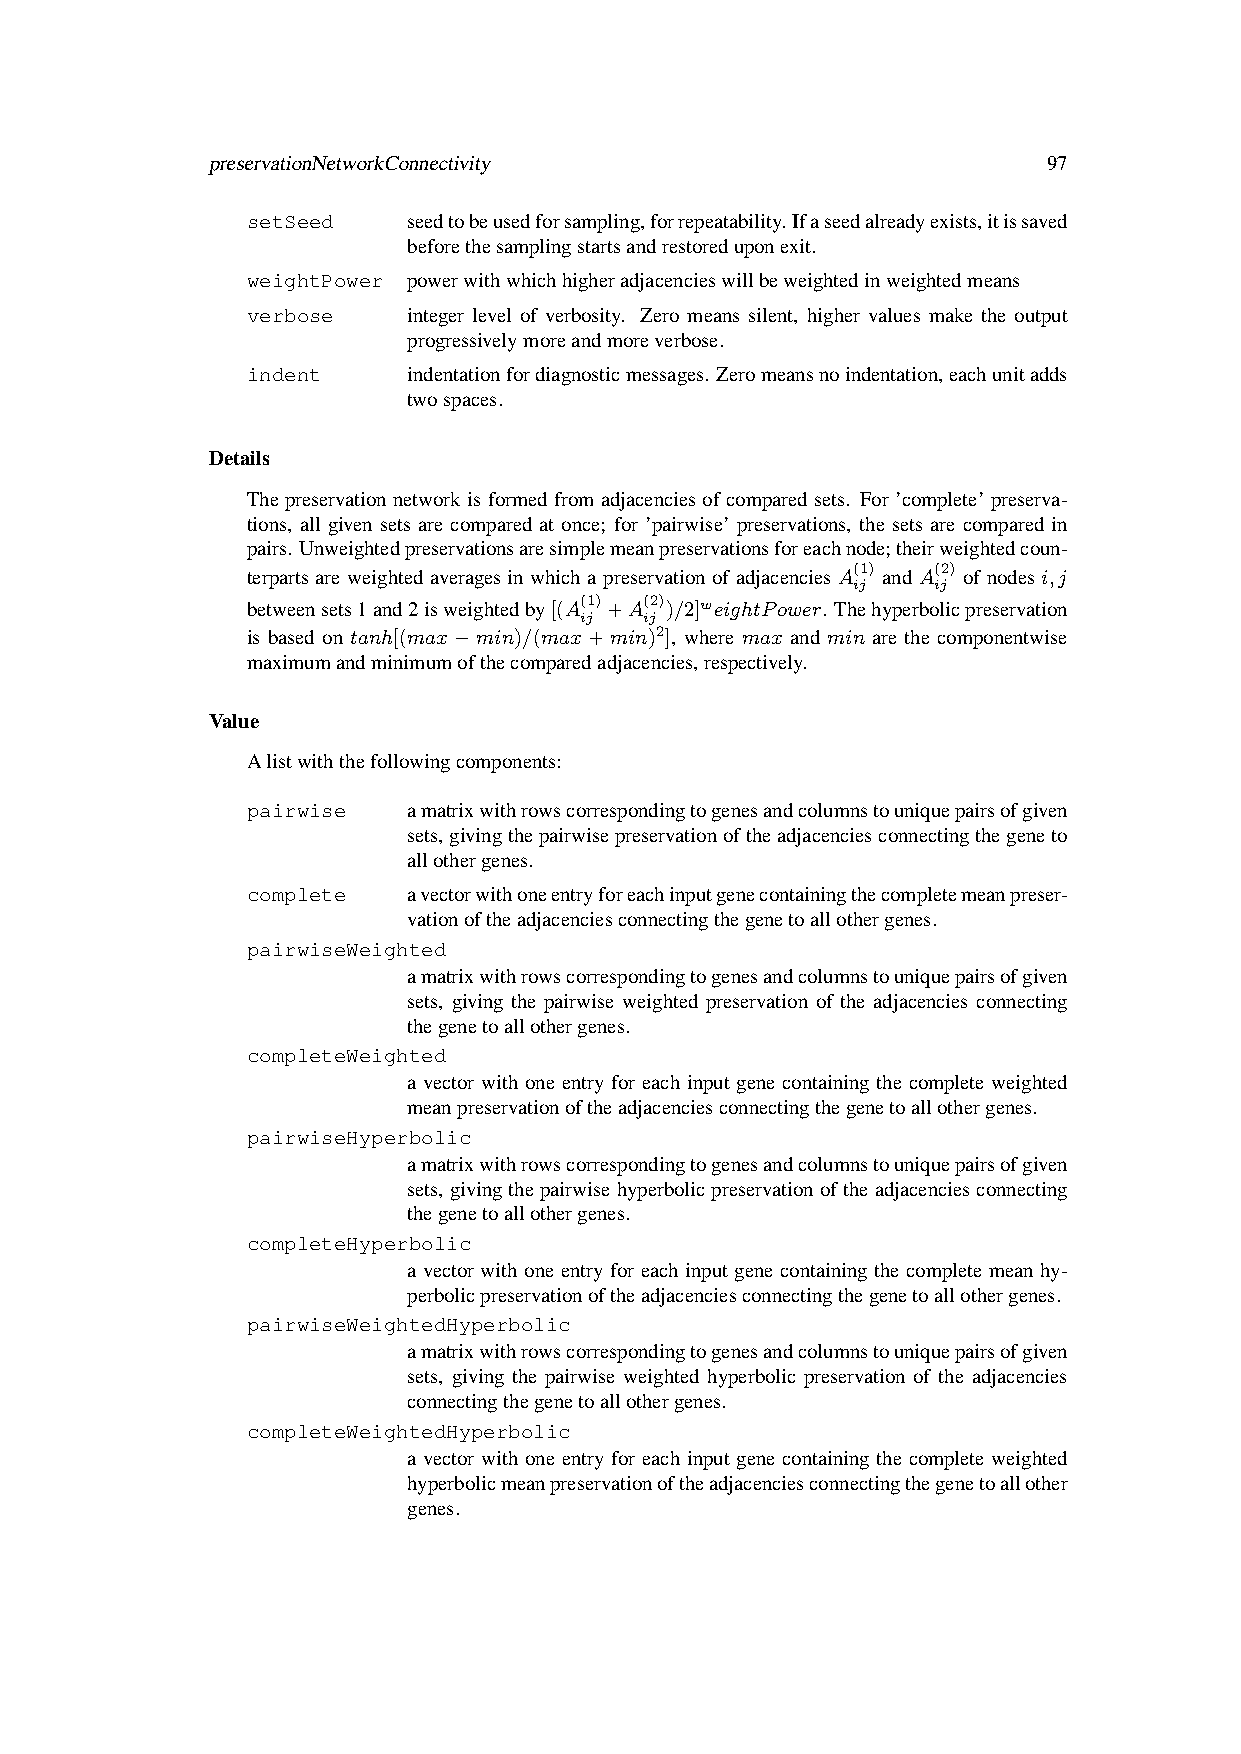
preservationNetworkConnectivity                        97
 setSeed    seedtobeusedforsampling,forrepeatability.Ifaseedalreadyexists,itissaved
 beforethesamplingstartsandrestoreduponexit.
 weightPower powerwithwhichhigheradjacencieswillbeweightedinweightedmeans
 verbose    integer level of verbosity. Zero means silent, higher values make the output
 progressivelymoreandmoreverbose.
 indent     indentationfordiagnosticmessages. Zeromeansnoindentation,eachunitadds
 twospaces.
 Details
 Thepreservationnetworkisformedfromadjacenciesofcomparedsets. For’complete’preserva-
 tions, all given sets are compared at once; for ’pairwise’ preservations, the sets are compared in
 pairs.Unweightedpreservationsaresimplemeanpreservationsforeachnode;theirweightedcoun-
 terparts are weighted averages in which a preservation of adjacencies A(1) and A(2) of nodes i,j
 ij    ij
 betweensets1and2isweightedby[(A(1)+A(2))/2]weightPower. Thehyperbolicpreservation
 ij   ij
 is based on tanh[(max−min)/(max+min)2], where max and min are the componentwise
 maximumandminimumofthecomparedadjacencies,respectively.
 Value
 Alistwiththefollowingcomponents:
 pairwise   amatrixwithrowscorrespondingtogenesandcolumnstouniquepairsofgiven
 sets,givingthepairwisepreservationoftheadjacenciesconnectingthegeneto
 allothergenes.
 complete   avectorwithoneentryforeachinputgenecontainingthecompletemeanpreser-
 vationoftheadjacenciesconnectingthegenetoallothergenes.
 pairwiseWeighted
 amatrixwithrowscorrespondingtogenesandcolumnstouniquepairsofgiven
 sets, giving the pairwise weighted preservation of the adjacencies connecting
 thegenetoallothergenes.
 completeWeighted
 a vector with one entry for each input gene containing the complete weighted
 meanpreservationoftheadjacenciesconnectingthegenetoallothergenes.
 pairwiseHyperbolic
 amatrixwithrowscorrespondingtogenesandcolumnstouniquepairsofgiven
 sets, givingthepairwisehyperbolicpreservationoftheadjacenciesconnecting
 thegenetoallothergenes.
 completeHyperbolic
 a vector with one entry for each input gene containing the complete mean hy-
 perbolicpreservationoftheadjacenciesconnectingthegenetoallothergenes.
 pairwiseWeightedHyperbolic
 amatrixwithrowscorrespondingtogenesandcolumnstouniquepairsofgiven
 sets, giving the pairwise weighted hyperbolic preservation of the adjacencies
 connectingthegenetoallothergenes.
 completeWeightedHyperbolic
 a vector with one entry for each input gene containing the complete weighted
 hyperbolicmeanpreservationoftheadjacenciesconnectingthegenetoallother
 genes.